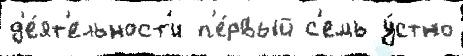
д'е́ят'ельност'и п'е́рвый с'емь у́стно